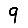
Digit: 9